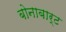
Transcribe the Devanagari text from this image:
बोनाबार्ट